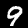
Digit: 9